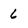
Character: 6